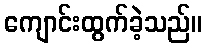
ကျောင်းထွက်ခဲ့သည်။